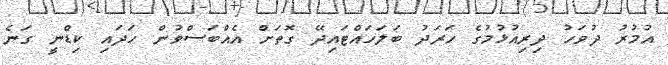
އުމުރު ދުވަހު ދިރިއުޅުމުގެ ހަރަދު ބަލަހައްޓައިދޭ ގޮތަށް އެއްބަސްވުން ހަދައި ކިޑްނީ ގަނެ